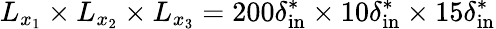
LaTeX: L_{x_{1}}\times L_{x_{2}}\times L_{x_{3}}=200\delta_{\mathrm{in}}^{*}\times 10\delta_{\mathrm{in}}^{*}\times 15\delta_{\mathrm{in}}^{*}